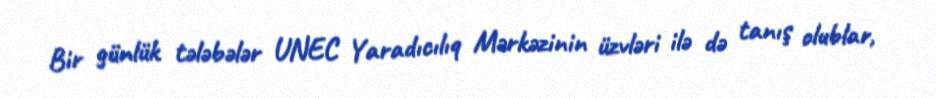
Bir günlük tələbələr UNEC Yaradıcılıq Mərkəzinin üzvləri ilə də tanış olublar,